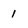
Character: 1